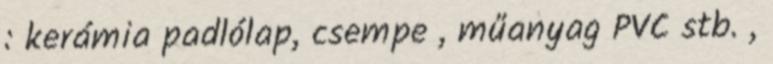
: kerámia padlólap, csempe , műanyag PVC stb. ,